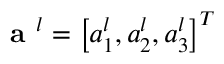
\textbf { a } ^ { l } = \left[ a _ { 1 } ^ { l } , a _ { 2 } ^ { l } , a _ { 3 } ^ { l } \right] ^ { T }